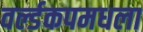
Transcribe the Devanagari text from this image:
वर्ल्डकपमधला